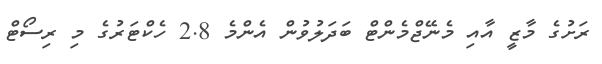
ރަށުގެ މާޒީ އާއި މެނޭޖްމެންޓް ބަދަލުވުން އެންމެ 2.8 ހެކްޓަރުގެ މި ރިސޯޓް